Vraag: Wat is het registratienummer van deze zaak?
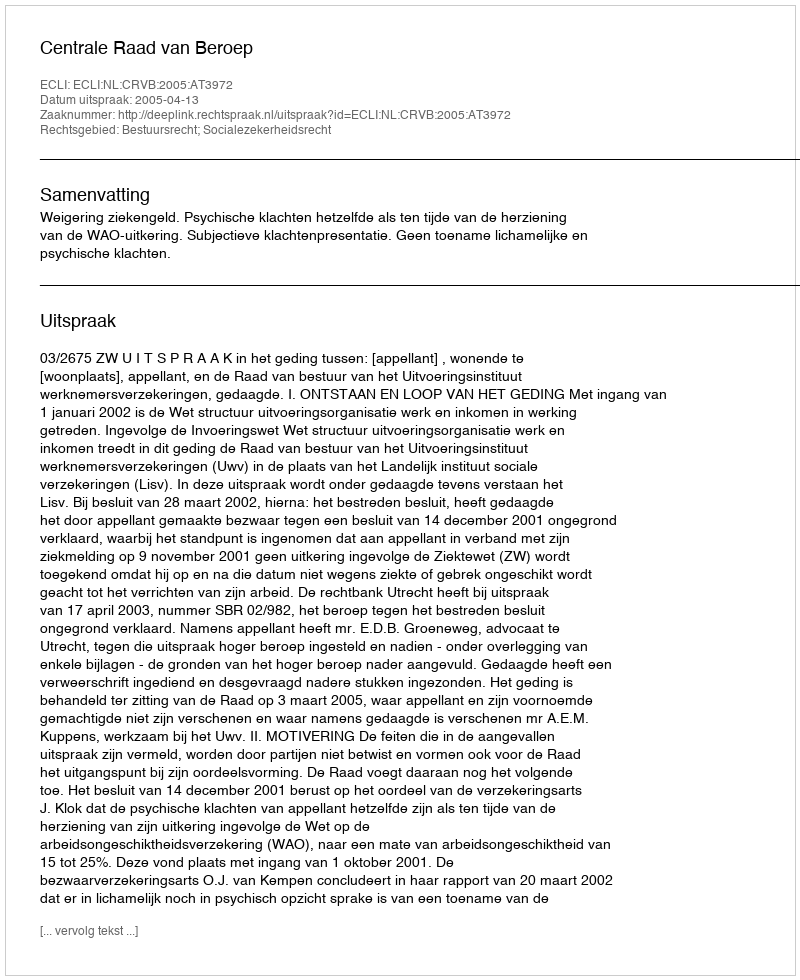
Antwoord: http://deeplink.rechtspraak.nl/uitspraak?id=ECLI:NL:CRVB:2005:AT3972